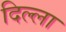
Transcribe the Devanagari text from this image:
दिल्ला